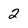
Character: 2